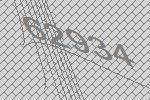
62934